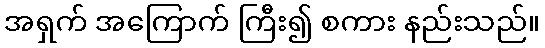
အရှက် အကြောက် ကြီး၍ စကား နည်းသည်။